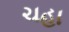
ચહા